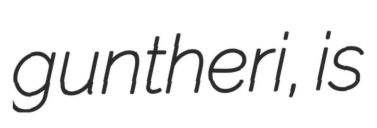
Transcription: guntheri, is